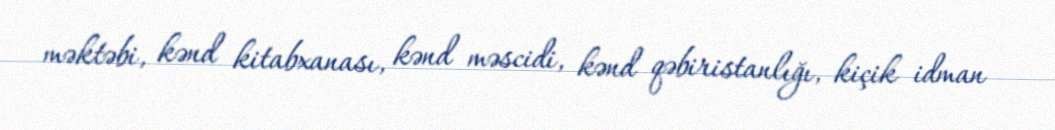
məktəbi, kənd kitabxanası, kənd məscidi, kənd qəbiristanlığı, kiçik idman